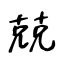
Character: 兢